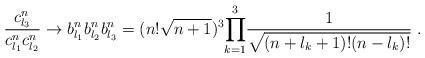
LaTeX: \begin{align*}\frac{c_{l_{3}}^{n}}{c_{l_{1}}^{n}c_{l_{2}}^{n}}\rightarrow b_{l_{1}}^{n}b_{l_{2}}^{n}b_{l_{3}}^{n}=(n!\sqrt{n+1})^{3}{\displaystyle\prod\limits_{k=1}^{3}}\frac{1}{\sqrt{(n+l_{k}+1)!(n-l_{k})!}} \ . \end{align*}